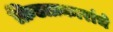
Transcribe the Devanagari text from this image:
क्रिडाप्रकारांचे